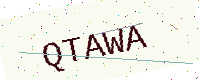
Text: QTAWA